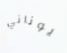
يوناني